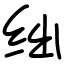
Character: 绌